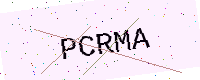
Text: PCRMA